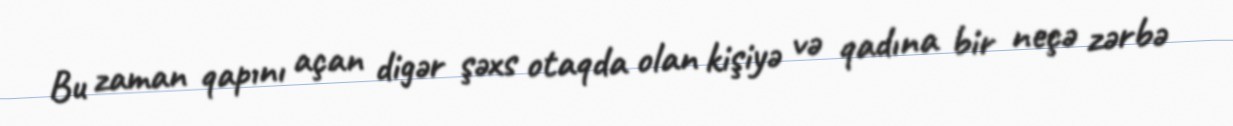
Bu zaman qapını açan digər şəxs otaqda olan kişiyə və qadına bir neçə zərbə